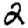
Digit: 2